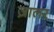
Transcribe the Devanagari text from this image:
ज़ालर